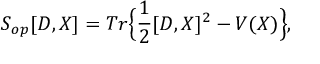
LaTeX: S _ { o p } [ D , X ] = T r \Big \{ \frac { 1 } { 2 } [ D , X ] ^ { 2 } - V ( X ) \Big \} ,